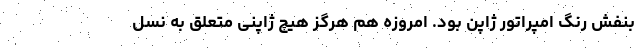
بنفش رنگ امپراتور ژاپن بود. امروزه هم هرگز هیچ ژاپنی متعلق به نسل